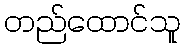
တည်ထောင်သူ